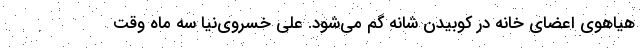
هیاهوی اعضای خانه در کوبیدن شانه گم می‌شود. علی خسروی‌نیا سه ماه وقت